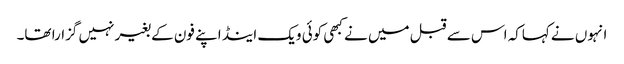
انہوں نے کہاکہ اس سے قبل میں نے کبھی کوئی ویک اینڈ اپنے فون کے بغیر نہیں گزارا تھا۔